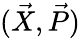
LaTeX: (\vec{X},\vec{P})